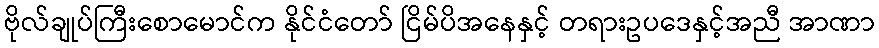
ဗိုလ်ချုပ်ကြီးစောမောင်က နိုင်ငံတော် ငြိမ်ပိအနေနှင့် တရားဥပဒေနှင့်အညီ အာဏာ